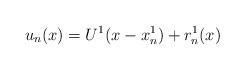
LaTeX: \begin{align*}u_n(x)= U^1(x-x_n^1)+ r_n^1(x)\end{align*}